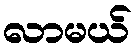
လာမယ်